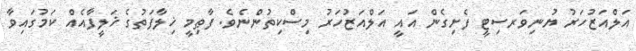
އަލްއަޒުހަރު ޔުނިވަރސިޓީ ފެށިގެން އައީ އަލްއަޒުހަރު މިސްކިތުންނެވެ. ފާޠިމީ ޚިލާފަތުގެ ޚަލީފާއެއް ކަމުގައިވާ